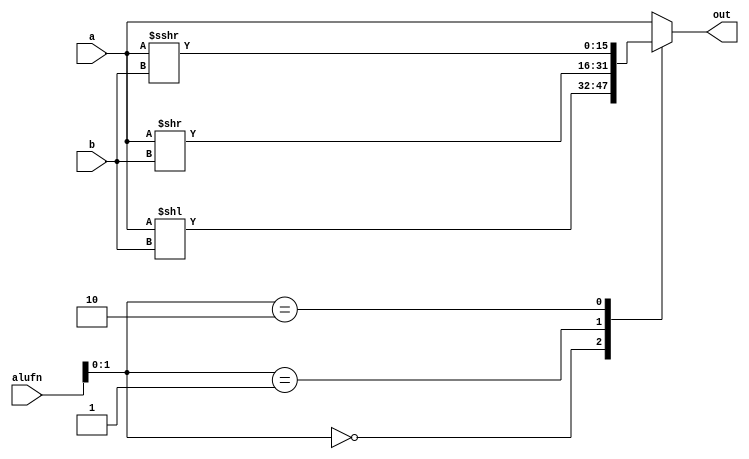
/*
   This file was generated automatically by Alchitry Labs version 1.2.7.
   Do not edit this file directly. Instead edit the original Lucid source.
   This is a temporary file and any changes made to it will be destroyed.
*/

module shifter_19 (
    input [15:0] a,
    input [3:0] b,
    input [5:0] alufn,
    output reg [15:0] out
  );
  
  
  
  always @* begin
    
    case (alufn[0+1-:2])
      default: begin
        out = a;
      end
      2'h0: begin
        out = a << b;
      end
      2'h1: begin
        out = a >> b;
      end
      2'h2: begin
        out = $signed(a) >>> b;
      end
    endcase
  end
endmodule